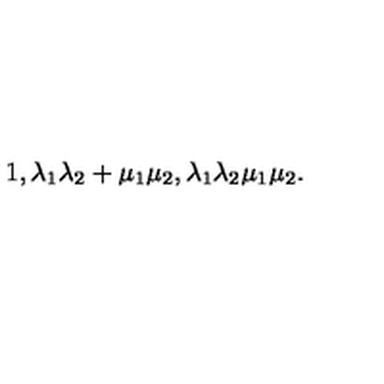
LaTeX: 1 , \lambda _ { 1 } \lambda _ { 2 } + \mu _ { 1 } \mu _ { 2 } , \lambda _ { 1 } \lambda _ { 2 } \mu _ { 1 } \mu _ { 2 } .